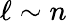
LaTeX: \ell\sim n